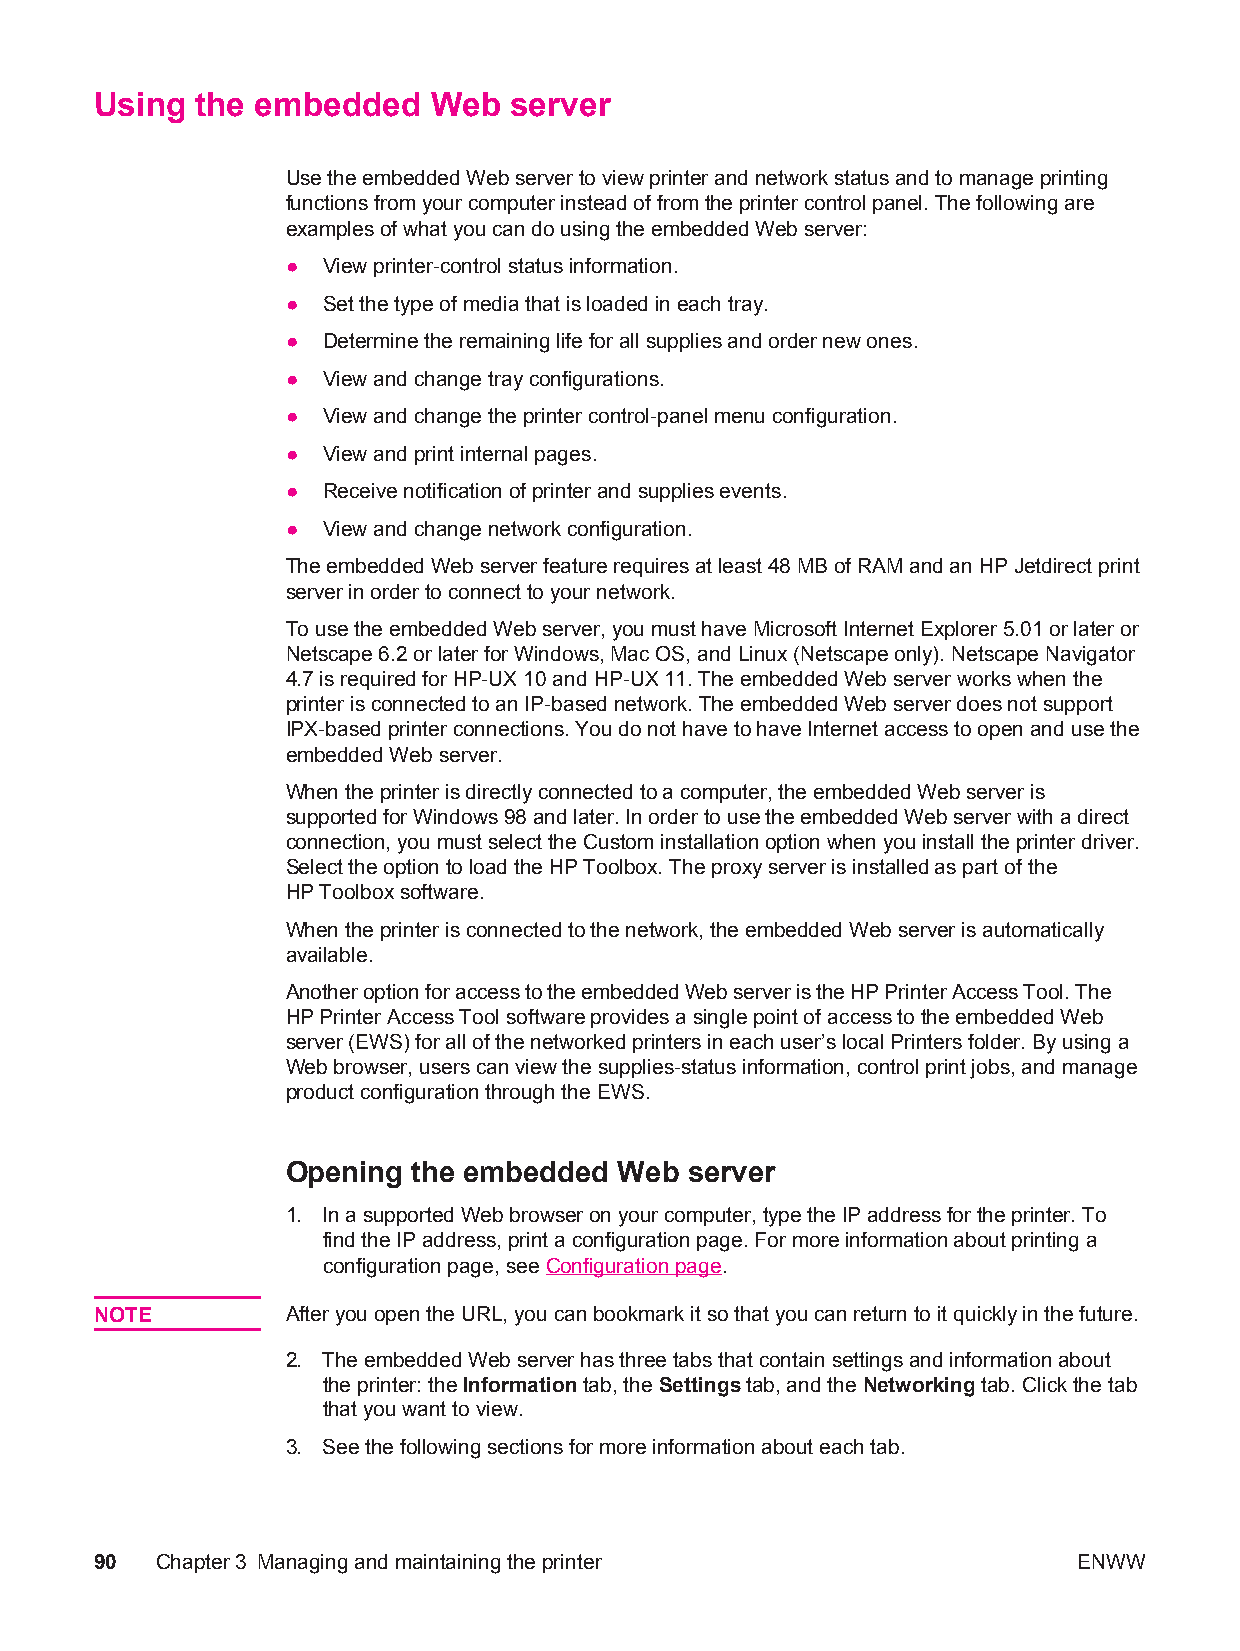
Using  the embedded    Web  server
 Use the embedded Web server to view printer and network status and to manage printing
 functions from your computer instead of from the printer control panel. The following are
 examples of what you can do using the embedded Web server:
 ● View printer-control status information.
 ● Set the type of media that is loaded in each tray.
 ● Determine the remaining life for all supplies and order new ones.
 ● View and change tray configurations.
 ● View and change the printer control-panel menu configuration.
 ● View and print internal pages.
 ● Receive notification of printer and supplies events.
 ● View and change network configuration.
 The embedded Web server feature requires at least 48 MB of RAM and an HP Jetdirect print
 server in order to connect to your network.
 To use the embedded Web server, you must have Microsoft Internet Explorer 5.01 or later or
 Netscape 6.2 or later for Windows, Mac OS, and Linux (Netscape only). Netscape Navigator
 4.7 is required for HP-UX 10 and HP-UX 11. The embedded Web server works when the
 printer is connected to an IP-based network. The embedded Web server does not support
 IPX-based printer connections. You do not have to have Internet access to open and use the
 embedded Web server.
 When the printer is directly connected to a computer, the embedded Web server is
 supported for Windows 98 and later. In order to use the embedded Web server with a direct
 connection, you must select the Custom installation option when you install the printer driver.
 Select the option to load the HP Toolbox. The proxy server is installed as part of the
 HP Toolbox software.
 When the printer is connected to the network, the embedded Web server is automatically
 available.
 Another option for access to the embedded Web server is the HP Printer Access Tool. The
 HP Printer Access Tool software provides a single point of access to the embedded Web
 server (EWS) for all of the networked printers in each user’s local Printers folder. By using a
 Web browser, users can view the supplies-status information, control print jobs, and manage
 product configuration through the EWS.
 Opening the embedded  Web  server
 1. In a supported Web browser on your computer, type the IP address for the printer. To
 find the IP address, print a configuration page. For more information about printing a
 configuration page, see Configuration page.
 NOTE         After you open the URL, you can bookmark it so that you can return to it quickly in the future.
 2. The embedded Web server has three tabs that contain settings and information about
 the printer: the Information tab, the Settings tab, and the Networking tab. Click the tab
 that you want to view.
 3. See the following sections for more information about each tab.
 90  Chapter3 Managing and maintaining the printer                ENWW